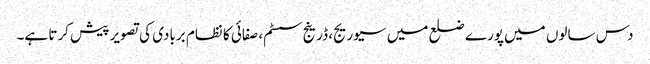
دس سالوں میں پورے ضلع میں سیوریج، ڈرینج سسٹم، صفائی کا نظام بربادی کی تصویر پیش کرتا ہے۔